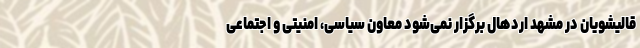
قالیشویان در مشهد اردهال برگزار نمی‌شود معاون سیاسی، امنیتی و اجتماعی